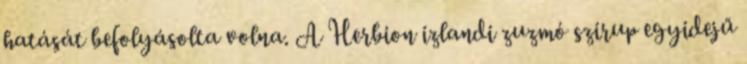
hatását befolyásolta volna. A Herbion izlandi zuzmó szirup egyidejű